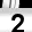
Digit: 2